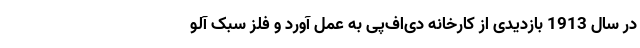
در سال 1913 بازدیدی از کارخانه دی‌اف‌پی به عمل آورد و فلز سبک آلو